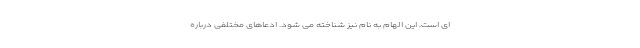
ای است. این الهام به نام نیز شناخته می شود. ادعاهای مختلفی درباره